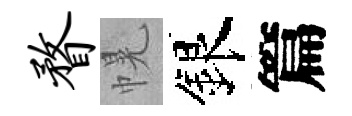
瞀幌銀篇